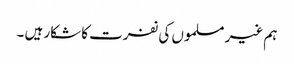
ہم غیر مسلموں کی نفرت کا شکار ہیں ۔